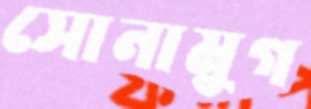
সোনামুগ